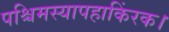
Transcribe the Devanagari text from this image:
पश्चिमस्यापहाकिंरक।